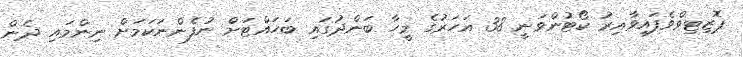
ޕޮޒިޓިވްވެފައިވާއިރު ކޯޓުންވަނީ 38 އަހަރުގެ މީހާ ބަންދުގައި ބަހައްޓަށް ނުފެންނަކަމަށް ނިންމައި ދެން